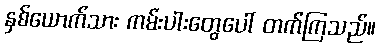
နှစ်ယောက်သား ကမ်းပါးတွေပေါ် တက်ကြသည်။